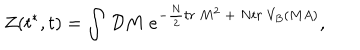
Z ( t ^ { * } , t ) = \int \, { \cal D } M \ e ^ { - { \frac { N } { 2 } } t r ~ M ^ { 2 } \ + \ N t r ~ V _ { B } ( M A ) } ,